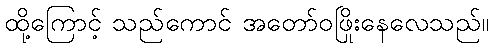
ထို့ကြောင့် သည်ကောင် အတော်ဝဖြိုးနေလေသည်။